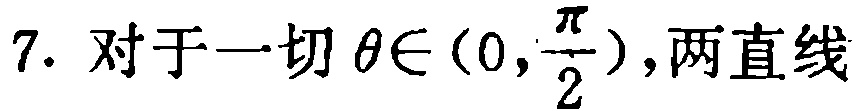
7. 对于一切\(\theta\in(0,\frac{\pi}{2})\),两直线